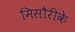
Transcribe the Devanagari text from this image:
मिसौरीके